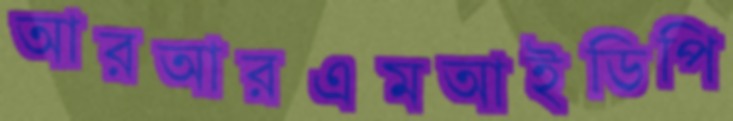
আরআরএমআইডিপি